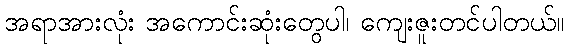
အရာအားလုံး အကောင်းဆုံးတွေပါ၊ ကျေးဇူးတင်ပါတယ်။